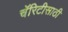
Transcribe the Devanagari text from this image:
चॅरिटीसाठी